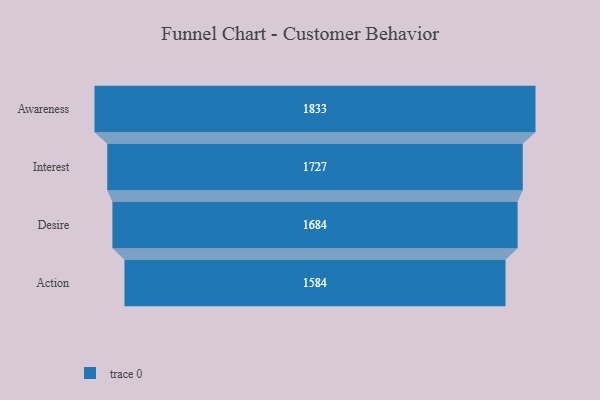
{"axis": {"x": "Stage", "y": "Value"}, "legend": [""], "data": [{"x": "Awareness", "y": 1833.0, "type": ""}, {"x": "Interest", "y": 1727.0, "type": ""}, {"x": "Desire", "y": 1684.0, "type": ""}, {"x": "Action", "y": 1584.0, "type": ""}]}